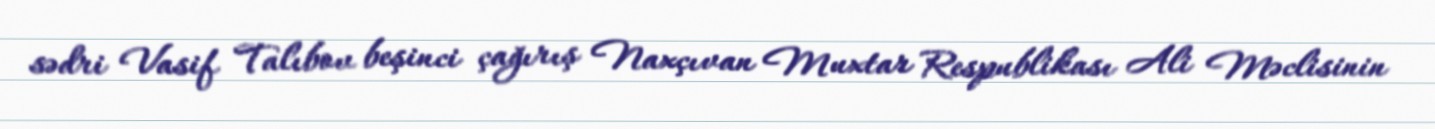
sədri Vasif Talıbov beşinci çağırış Naxçıvan Muxtar Respublikası Ali Məclisinin